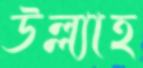
উল্ল্যাহ